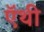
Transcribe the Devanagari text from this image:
ऍथी